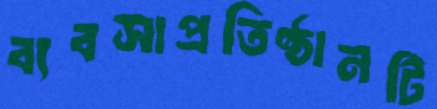
ব্যবসাপ্রতিষ্ঠানটি